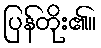
ပြန်တိုး၏။